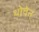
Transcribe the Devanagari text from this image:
थोवेन